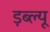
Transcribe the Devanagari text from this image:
ड़ब्ल्यू